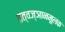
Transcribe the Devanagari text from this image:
तत्वज्ञानमूलक